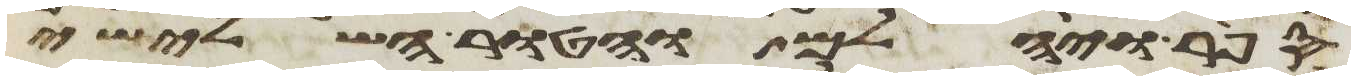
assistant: ספיר ויהלם והטור השלישי